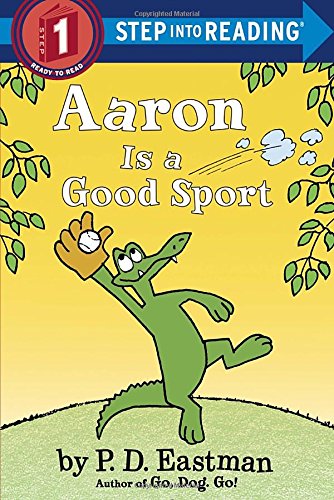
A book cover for Aaron is a Good Sport (Step into Reading); P.D. Eastman; Children's Books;